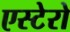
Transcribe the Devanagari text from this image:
एस्टेरो